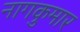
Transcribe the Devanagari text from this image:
नागकुमार